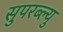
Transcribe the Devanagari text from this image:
सुपरब्ल्यु